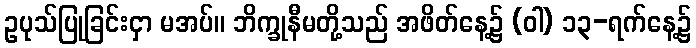
ဥပုသ်ပြုခြင်းငှာ မအပ်။ ဘိက္ခုနီမတို့သည် အဖိတ်နေ့၌ (ဝါ) ၁၃-ရက်နေ့၌